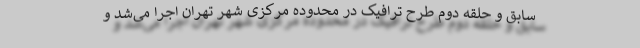
سابق و حلقه دوم طرح ترافیک در محدوده مرکزی شهر تهران اجرا می‌شد و